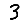
Digit: 3